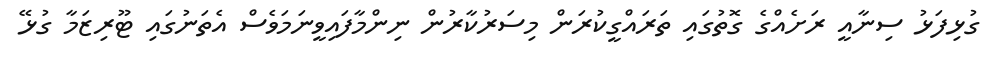
ގުޅިފަޅު ސިނާއީ ރަށެއްގެ ގޮތުގައި ތަަރައްގީކުރަން މިސަރުކާރުން ނިންމާފައިވީނަމަވެސް އެތަނުގައި ޓޫރިޒަމާ ގުޅޭ